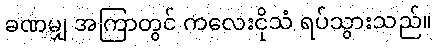
ခဏမျှ အကြာတွင် ကလေးငိုသံ ရပ်သွားသည်။